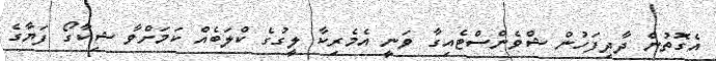
އެގޮތުން ދާދިފަހުން ޝްވެންސްޓެއިގާ ވަނީ އެމެރިކާ ލީގުގެ ކްލަބެއް ކަމަށްވާ ޝިކާގޯ ފަޔާގެ